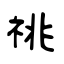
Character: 祧